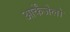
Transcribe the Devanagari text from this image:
आर्केंजेलो